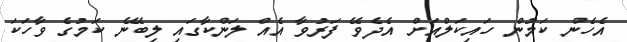
އެހެން ކަމުން ހައިކަލްއަށް އެދެވޭ ފަރުވާ އެއް ލަންކާގައި ލިބޭނެ ކަމުގެ ވާހަކަ